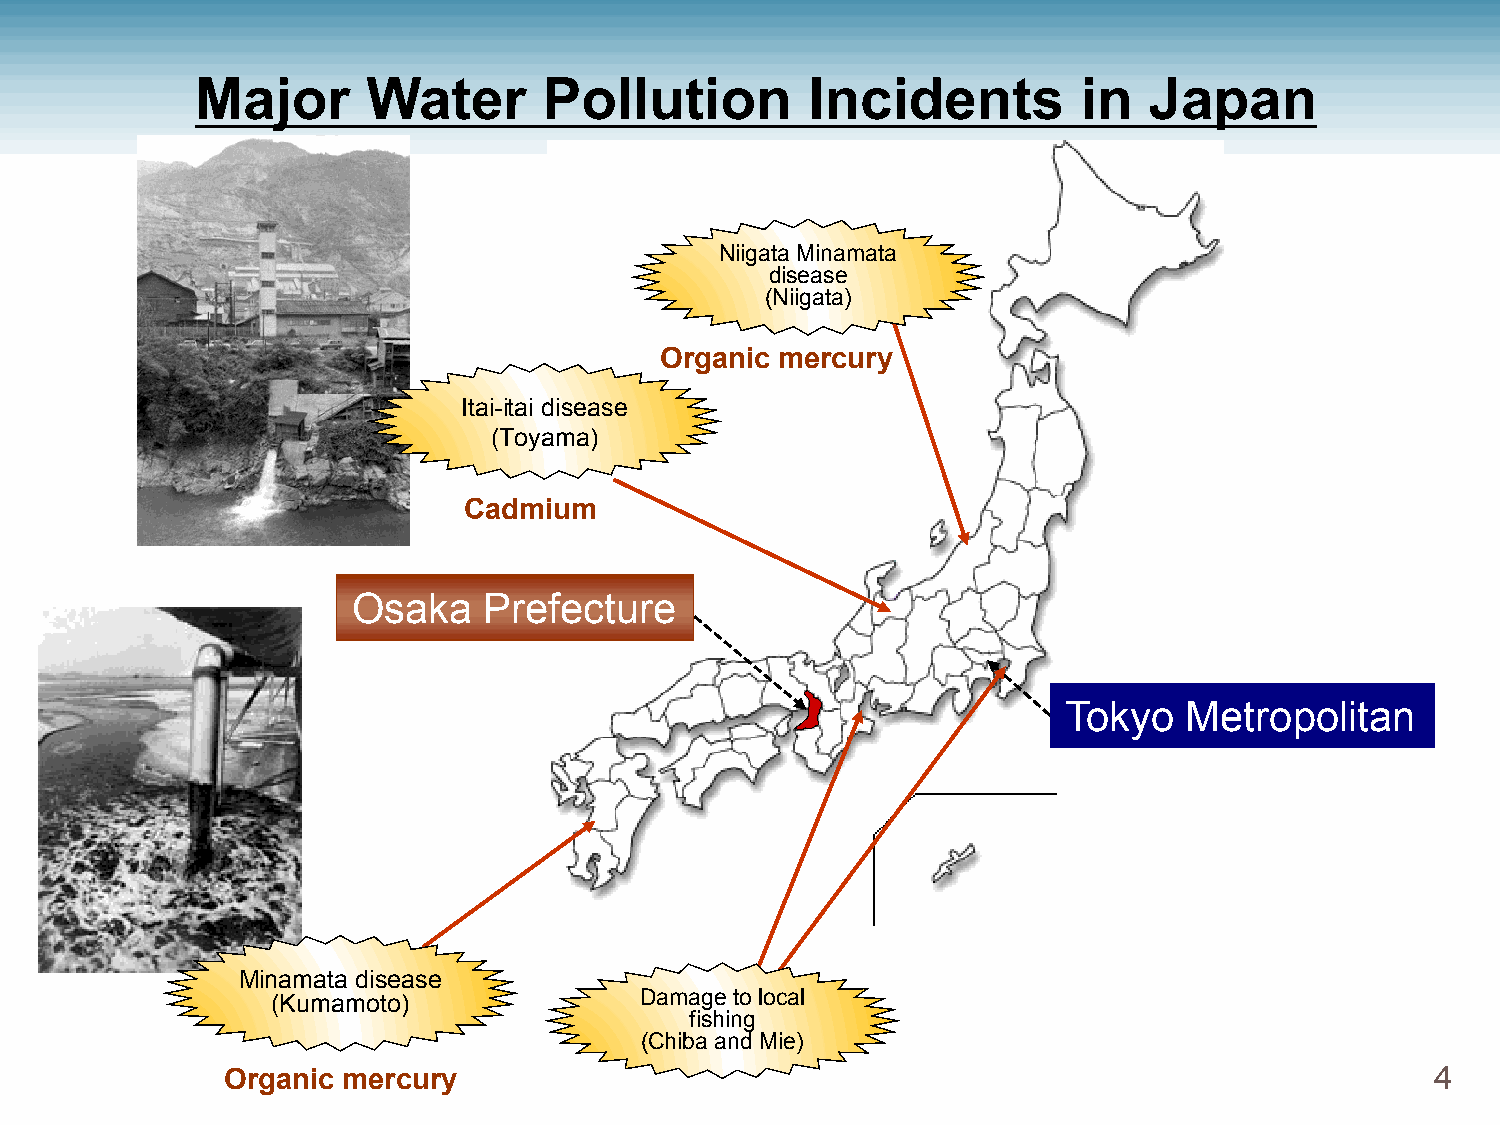
Major      Water       Pollution         Incidents         in  Japan
 NNiiiiggaattaa MMiinnaammaattaa
 ddiisseeaassee
 ((NNiiiiggaattaa))
 Organic mercury
 IIttaaii--iittaaii ddiisseeaassee
 ((TTooyyaammaa))
 Cadmium
 Osaka    Prefecture
 Tokyo   Metropolitan
 MMiinnaammaattaa ddiisseeaassee
 ((KKuummaammoottoo))    DDaammaaggeettoo llooccaall
 ffiisshhiinngg
 ((CChhiibbaa aanndd MMiiee))
 Organic mercury                                                                 4